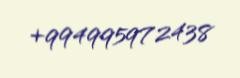
+994995972438